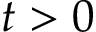
t > 0